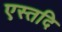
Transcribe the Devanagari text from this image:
एस्तदि